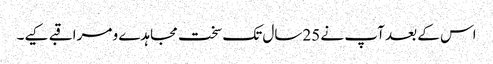
اس کے بعد آپ نے 25سال تک سخت مجاہدے و مراقبے کیے۔